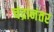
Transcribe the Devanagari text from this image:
चंद्रानंतर